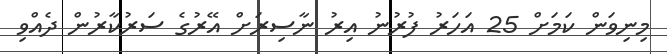
މިނިވަން ކަމަށް 25 އަހަރު ފުރުނު އިރު ނާސިރަށް އޭރުގެ ސަރުކާރުން ދެއްވި